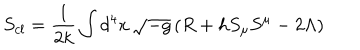
S _ { c l } = \frac { 1 } { 2 k } \int d ^ { 4 } x \, \sqrt { - g } \left( R + h S _ { \mu } S ^ { \mu } - 2 \Lambda \right)